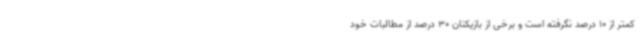
کمتر از 10 درصد نگرفته است و برخی از بازیکنان 30 درصد از مطالبات خود